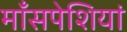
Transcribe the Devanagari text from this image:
माँसपेशियां